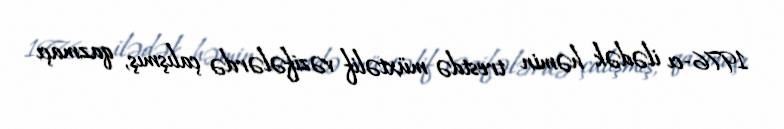
1976-cı ilədək həmin trestdə müxtəlif vəzifələrdə çalışmış, qazmaçı